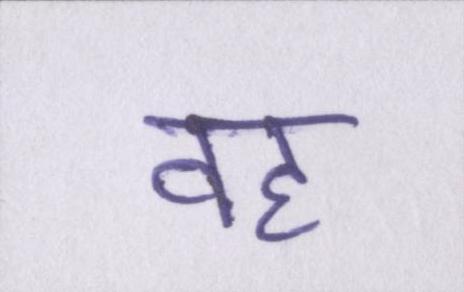
वह